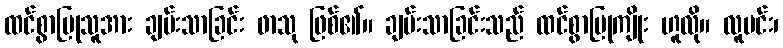
ထင်စွာပြုသူအား ချမ်းသာခြင်း ဖာသု ဖြစ်၏။ ချမ်းသာခြင်းသည် ထင်စွာပြုကျိုး ဟူလို။ လူမင်း၊